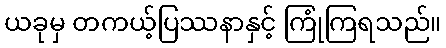
ယခုမှ တကယ့်ပြဿနာနှင့် ကြုံကြရသည်။